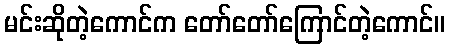
မင်းဆိုတဲ့ကောင်က တော်တော်ကြောင်တဲ့ကောင်။